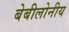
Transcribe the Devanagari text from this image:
बेबीलोनीय